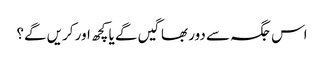
اس جگہ سے دور بھاگیں گے یا کچھ اور کریں گے؟